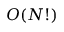
O ( N ! )